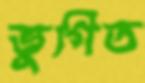
ভুগিত